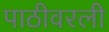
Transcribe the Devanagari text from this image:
पाठीवरली